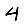
Digit: 4